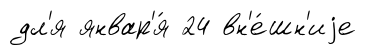
дл'я январ'я́ 24 вн'е́шн'иjе